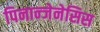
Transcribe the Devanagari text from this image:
पिनान्जेनेसिस